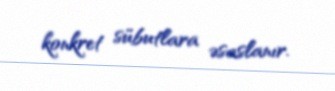
konkret sübutlara əsaslanır.